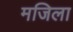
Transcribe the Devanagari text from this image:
मजिला